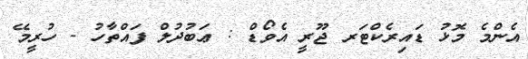
އެންމެ މޮޅު ޑައިރެކްޓަރ ޖޫރީ އެވޯޑް : ޢަބުދުލް ފައްތާހު - ހުރީމޭ